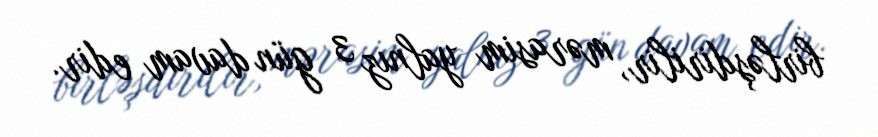
birləşdirilir, mərasim yalnız 3 gün davam edir.